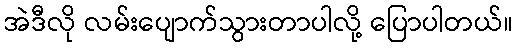
အဲဒီလို လမ်းပျောက်သွားတာပါလို့ ပြောပါတယ်။